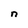
Character: n